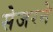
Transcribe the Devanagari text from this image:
सेजरने